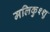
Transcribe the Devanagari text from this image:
मलिकुश्शु